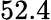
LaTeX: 52.4